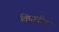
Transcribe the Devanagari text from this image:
तिघानीच